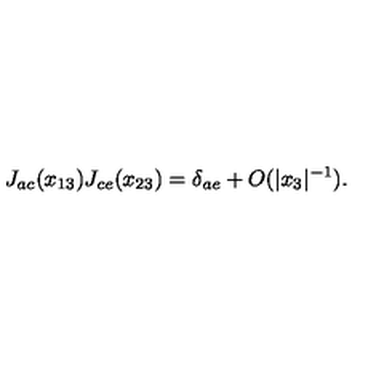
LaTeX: J _ { a c } ( x _ { 1 3 } ) J _ { c e } ( x _ { 2 3 } ) = \delta _ { a e } + O ( | x _ { 3 } | ^ { - 1 } ) .